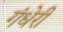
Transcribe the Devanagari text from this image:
गंधेरी